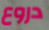
دروع